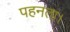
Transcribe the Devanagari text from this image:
पहनता।